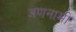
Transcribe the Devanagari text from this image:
अणनामी